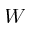
W